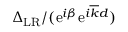
\Delta _ { \mathrm { L R } } / ( \mathrm { e } ^ { i \beta } \mathrm { e } ^ { i \overline { { k } } d } )